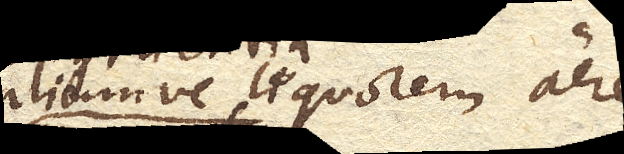
aliumve liquorem aere